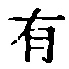
有